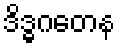
ဒိဒ္ဓဂတေန